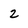
Character: 2